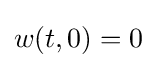
w(t,0)=0